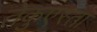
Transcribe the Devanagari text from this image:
तेकुएस्ता